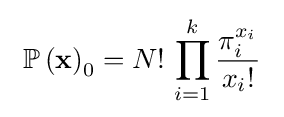
~\operatorname {\mathbb {P} } \left(\mathbf {x} \right)_{0}=N!\,\prod _{i=1}^{k}{\frac {\pi _{i}^{x_{i}}}{x_{i}!}}~